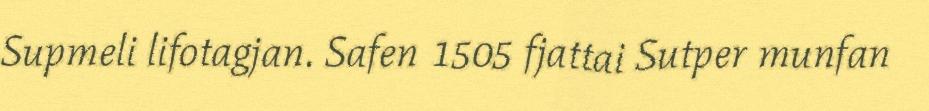
Supmeli lifotagjan. Safen 1505 fjattai Sutper munfan